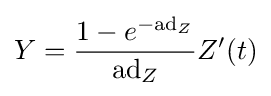
Y={\frac {1-e^{-\mathrm {ad} _{Z}}}{\mathrm {ad} _{Z}}}Z'(t)